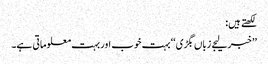
لکھتے ہیں:
’’خبر لیجے زباں بگڑی‘‘ بہت خوب اور بہت معلوماتی ہے۔